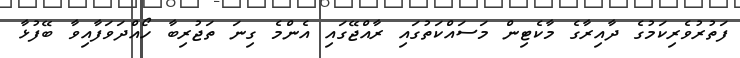
ފަތުރުވެރިކަމުގެ ދާއިރާގެ މާކެޓިން މަސައްކަތުގައި ރާއްޖޭގައި އެންމެ ގިނަ ތަޖުރިބާ ހޯއްދަވަފާއިވާ ބޭފުޅާ